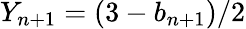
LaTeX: Y_{n+1}=(3-b_{n+1})/2